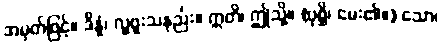
အမှတ်ဖြင့်။ ဒိန္နံ၊ လှူဖူးသနည်း။ ဣတိ၊ ဤသို့။ (ပုစ္ဆိ၊ မေး၏။) သော၊